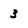
Character: 3